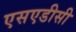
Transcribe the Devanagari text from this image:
एसएडीसी